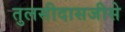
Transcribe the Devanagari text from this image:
तुलसीदासजीसे